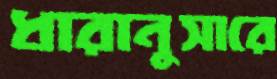
ধারানুসারে